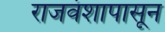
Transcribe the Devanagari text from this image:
राजवंशापासून